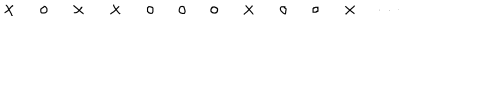
LaTeX: \times \quad \circ \quad \times \quad \times \quad \circ \quad \circ \quad \circ \quad \times \quad \circ \quad \circ \quad \times \quad \cdots